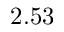
2 . 5 3